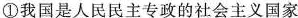
①我国是人民民主专政的社会主义国家